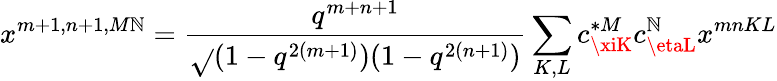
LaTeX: x^{m+1,n+1,M\mathbb{N}}=\frac{{q^{m+n+1}}}{{\sqrt{}{{(1-q^{2(m+1)})(1-q^{2(n+1)})}}}}\sum_{K,L}c_{\xiK}^{*M}c_{\etaL}^{\mathbb{N}}x^{mnKL}